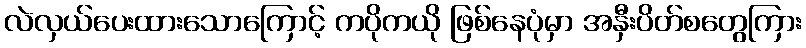
လဲလှယ်ပေးထားသောကြောင့် ကပိုကယို ဖြစ်နေပုံမှာ အနှီးပိတ်စတွေကြား